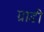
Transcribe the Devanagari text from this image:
ग्राडी